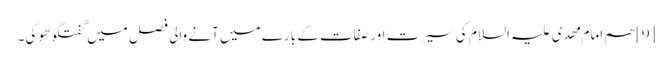
[9] ھم امام مھدی علیہ السلام کی سیرت اور صفات کے بارے میں آنے والی فصل میں گفتگو ھوگی۔